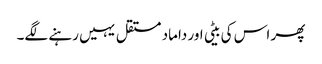
پھر اس کی بیٹی اور داماد مستقل یہیں رہنے لگے۔